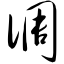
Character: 倜